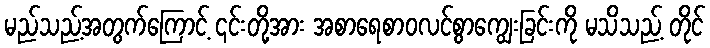
မည်သည့်အတွက်ကြောင့် ၎င်းတို့အား အစာရေစာဝလင်စွာကျွေးခြင်းကို မသိသည့် တိုင်